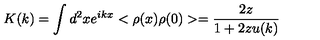
K ( k ) = \int d ^ { 2 } x e ^ { i k x } < \rho ( x ) \rho ( 0 ) > = \frac { 2 z } { 1 + 2 z u ( k ) }